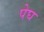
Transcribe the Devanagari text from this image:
पेघ